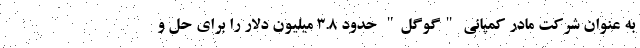
به عنوان شرکت مادر کمپانی "گوگل" حدود 3.8 میلیون دلار را برای حل و